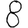
Digit: 8